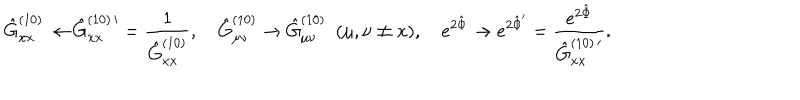
\hat { G } _ { x x } ^ { ( 1 0 ) } \to \hat { G } _ { x x } ^ { ( 1 0 ) \, \prime } = { \frac { 1 } { \hat { G } _ { x x } ^ { ( 1 0 ) } } } , \hat { G } _ { \mu \nu } ^ { ( 1 0 ) } \to \hat { G } _ { \mu \nu } ^ { ( 1 0 ) } \ \ ( \mu , \nu \neq x ) , e ^ { 2 \hat { \Phi } } \to e ^ { 2 \hat { \Phi } ^ { \prime } } = { \frac { e ^ { 2 \hat { \Phi } } } { \hat { G } _ { x x } ^ { ( 1 0 ) \, \prime } } } .